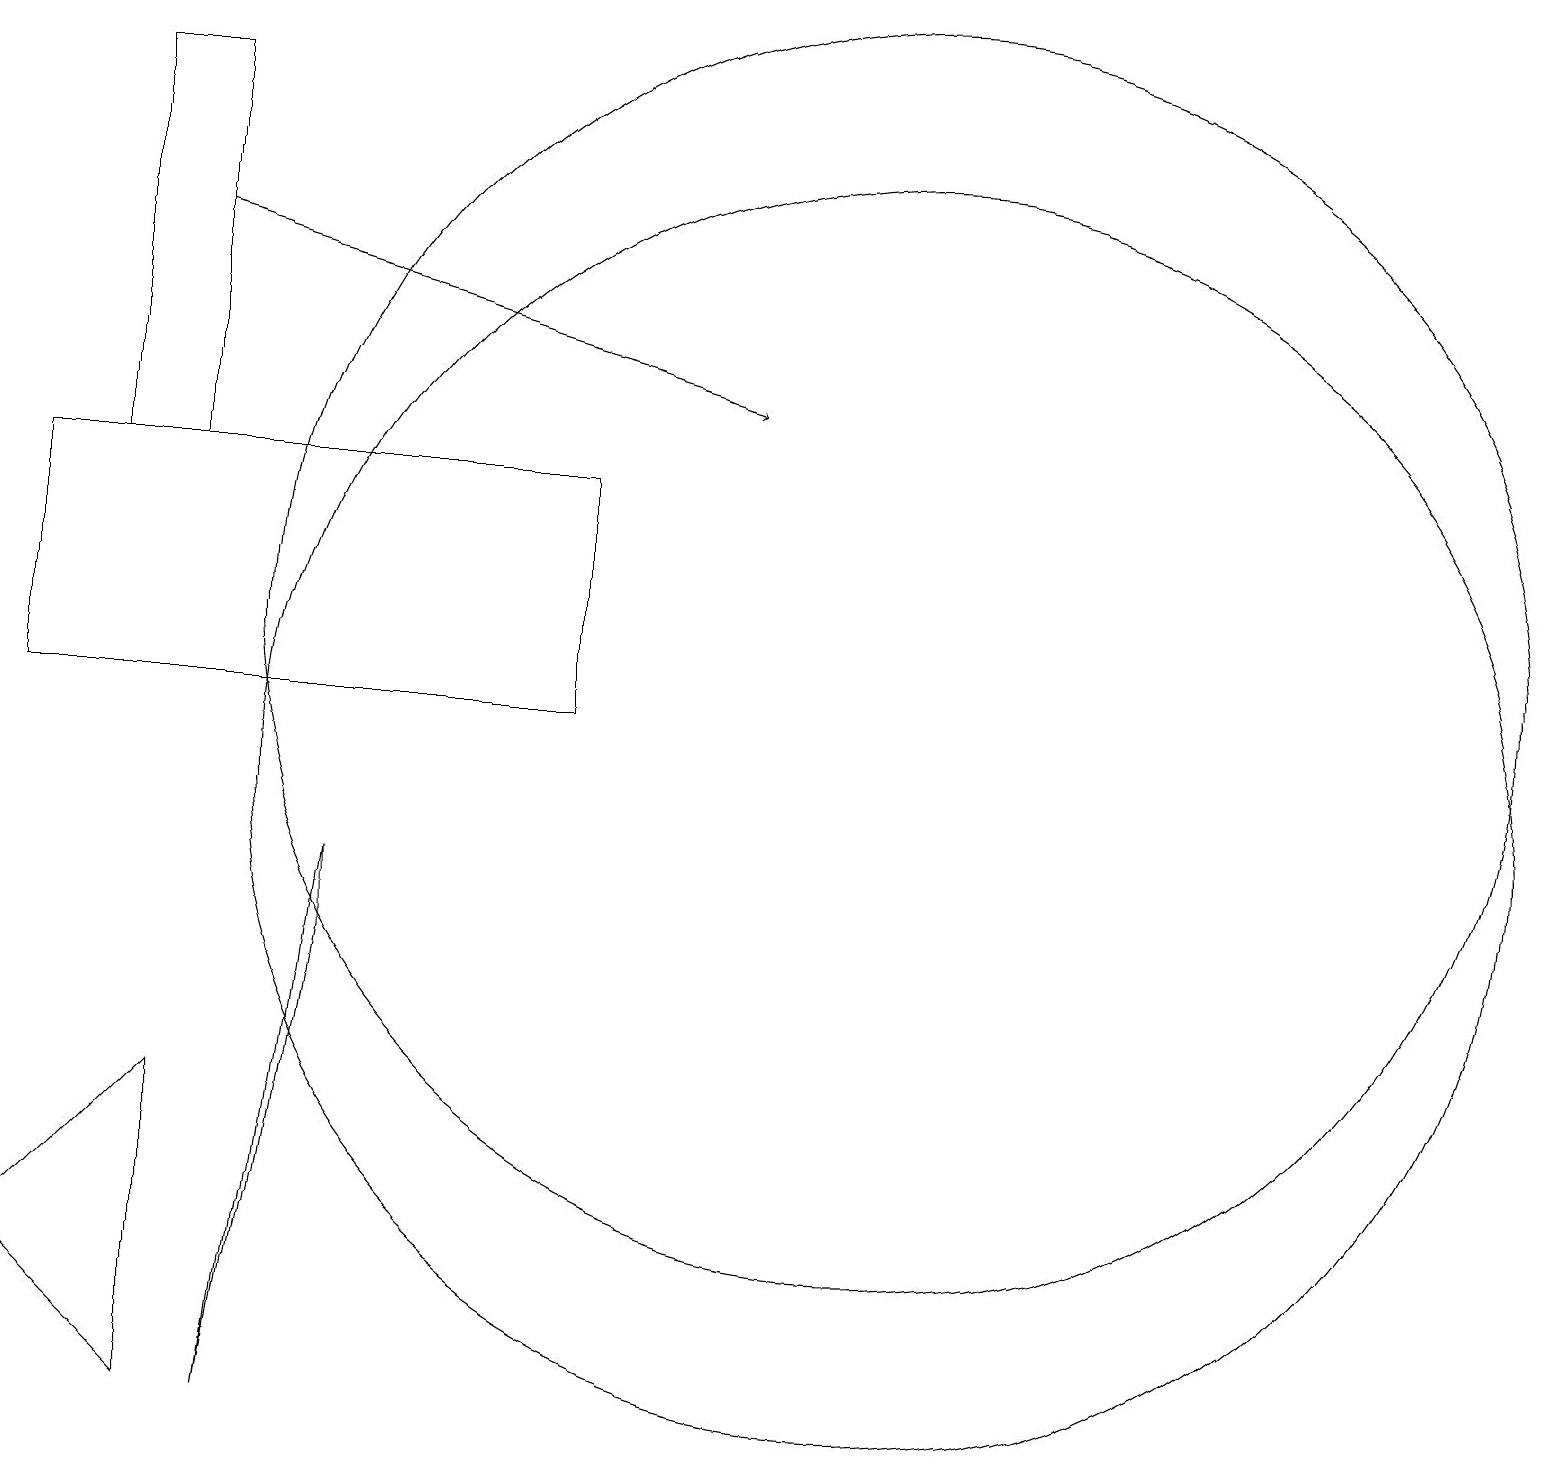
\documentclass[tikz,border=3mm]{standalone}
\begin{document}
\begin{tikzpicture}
\draw (4,8) -- (3,2) -- (4,9) -- cycle;
\draw (7,14) rectangle (0,11);
\draw (11,10) circle (8);
\draw (2,6) -- (2,2) -- (0,4) -- cycle;
\draw (11,12) circle (8);
\draw (1,19) rectangle (2,14);
\draw[->] (2,17) -- (9,15);
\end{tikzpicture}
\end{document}